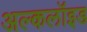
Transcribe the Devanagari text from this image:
अल्कलॉइड